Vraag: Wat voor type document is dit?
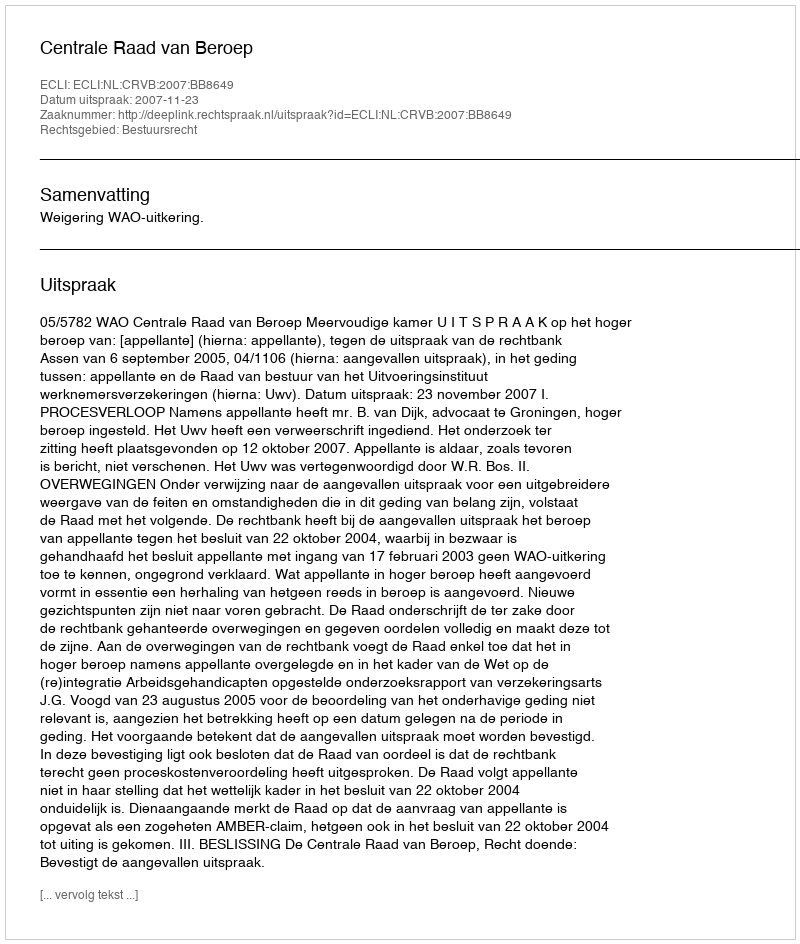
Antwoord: Uitspraak